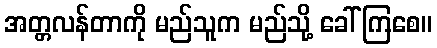
အတ္တလန်တာကို မည်သူက မည်သို့ ခေါ်ကြစေ။